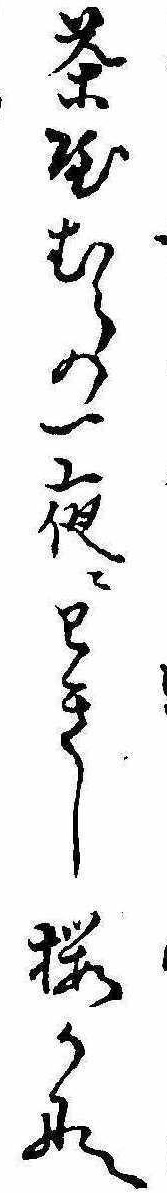
茶屋むらの一夜にわきし桜かな